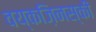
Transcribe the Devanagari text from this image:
वय्कज़िनस्की